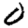
Digit: 0